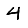
Digit: 4